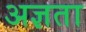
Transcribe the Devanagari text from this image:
अज्ञता